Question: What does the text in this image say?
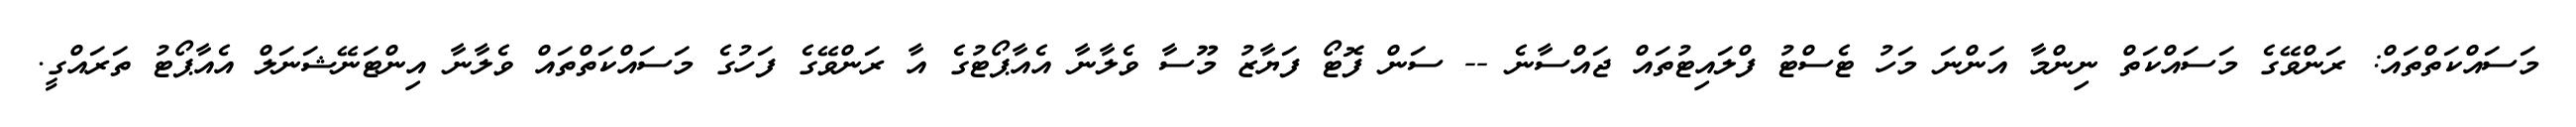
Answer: މަސައްކަތްތައް: ރަންވޭގެ މަސައްކަތް ނިންމާ އަންނަ މަހު ޓެސްޓު ފްލައިޓުތައް ޖައްސާނެ -- ސަން ފޮޓޯ ފަޔާޒު މޫސާ ވެލާނާ އެއާޕޯޓުގެ އާ ރަންވޭގެ ފަހުގެ މަސައްކަތްތައް ވެލާނާ އިންޓަނޭޝަނަލް އެއާޕޯޓު ތަރައްގީ.